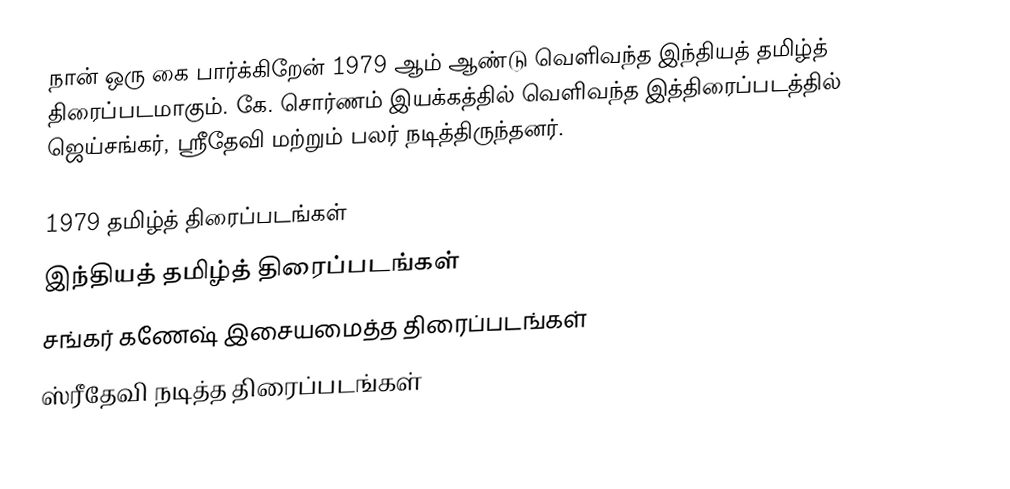
நான் ஒரு கை பார்க்கிறேன் 1979 ஆம் ஆண்டு வெளிவந்த இந்தியத் தமிழ்த் திரைப்படமாகும். கே. சொர்ணம் இயக்கத்தில் வெளிவந்த இத்திரைப்படத்தில் ஜெய்சங்கர், ஸ்ரீதேவி மற்றும் பலர் நடித்திருந்தனர்.

1979 தமிழ்த் திரைப்படங்கள்
இந்தியத் தமிழ்த் திரைப்படங்கள்
சங்கர் கணேஷ் இசையமைத்த திரைப்படங்கள்
ஸ்ரீதேவி நடித்த திரைப்படங்கள்